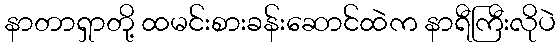
နာတာရှာတို့ ထမင်းစားခန်းဆောင်ထဲက နာရီကြီးလိုပဲ